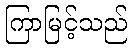
ကြာမြင့်သည်